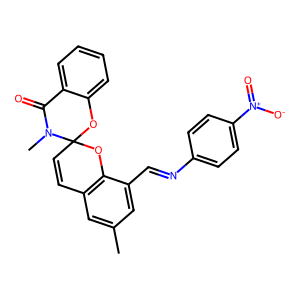
SMILES: Cc1cc2c(c(C=Nc3ccc([N+](=O)[O-])cc3)c1)OC1(C=C2)Oc2ccccc2C(=O)N1C
Inhibits HIV replication: No